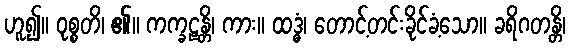
ဟူ၍။ ဝုစ္စတိ၊ ၏။ ကက္ခဠန္တိ၊ ကား။ ထဒ္ဓံ၊ တောင့်တင်းခိုင်ခံ့သော။ ခရိဂတန္တိ၊